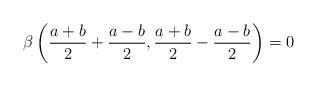
LaTeX: \begin{align*}\beta \left(\frac{a+b}{2}+\frac{a-b}{2},\frac{a+b}{2}-\frac{a-b}{2}\right) =0\end{align*}